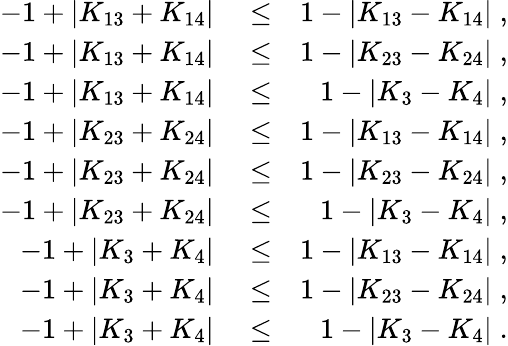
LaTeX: \begin{array}{rlr}{-1+\vert K_{13}+K_{14}\vert}&{{}\le}&{1-\vert K_{13}-K_{14}\vert\; ,}\\ {-1+\vert K_{13}+K_{14}\vert}&{{}\le}&{1-\vert K_{23}-K_{24}\vert\; ,}\\ {-1+\vert K_{13}+K_{14}\vert}&{{}\le}&{1-\vert K_{3}-K_{4}\vert\; ,}\\ {-1+\vert K_{23}+K_{24}\vert}&{{}\le}&{1-\vert K_{13}-K_{14}\vert\; ,}\\ {-1+\vert K_{23}+K_{24}\vert}&{{}\le}&{1-\vert K_{23}-K_{24}\vert\; ,}\\ {-1+\vert K_{23}+K_{24}\vert}&{{}\le}&{1-\vert K_{3}-K_{4}\vert\; ,}\\ {-1+\vert K_{3}+K_{4}\vert}&{{}\le}&{1-\vert K_{13}-K_{14}\vert\; ,}\\ {-1+\vert K_{3}+K_{4}\vert}&{{}\le}&{1-\vert K_{23}-K_{24}\vert\; ,}\\ {-1+\vert K_{3}+K_{4}\vert}&{{}\le}&{1-\vert K_{3}-K_{4}\vert\; .}\end{array}